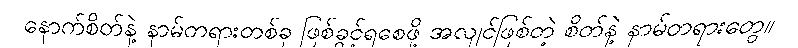
နောက်စိတ်နဲ့ နာမ်တရားတစ်ခု ဖြစ်ခွင့်ရစေဖို့ အလျင်ဖြစ်တဲ့ စိတ်နဲ့ နာမ်တရားတွေ။